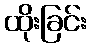
ထိုးခြင်း